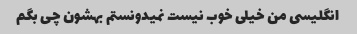
انگلیسی من خیلی خوب نیست نمیدونستم بهشون چی بگم